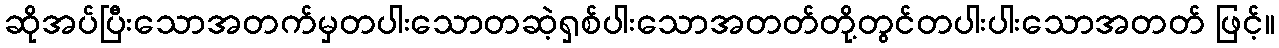
ဆိုအပ်ပြီးသောအတက်မှတပါးသောတဆဲ့ရှစ်ပါးသောအတတ်တို့တွင်တပါးပါးသောအတတ် ဖြင့်။